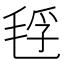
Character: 𰚜